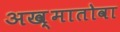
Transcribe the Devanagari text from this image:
अख़्मातोवा